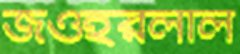
জওহরলাল